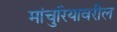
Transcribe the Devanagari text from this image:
मांचुरियावरील